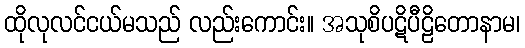
ထိုလုလင်ငယ်မသည် လည်းကောင်း။ အသုစိပဋိပီဠိတောနာမ၊